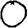
Digit: 0